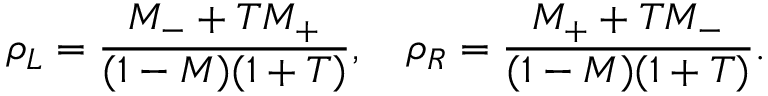
\rho _ { L } = \frac { M _ { - } + T M _ { + } } { ( 1 - M ) ( 1 + T ) } , \quad \rho _ { R } = \frac { M _ { + } + T M _ { - } } { ( 1 - M ) ( 1 + T ) } .